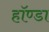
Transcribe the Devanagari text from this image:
हॉण्डा